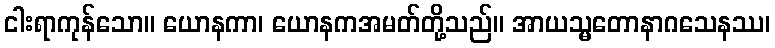
ငါးရာကုန်သော။ ယောနကာ၊ ယောနကအမတ်တို့သည်။ အာယသ္မတောနာဂသေနဿ၊